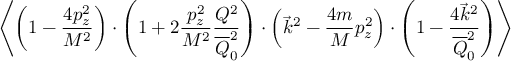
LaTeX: \left\langle \left( 1 - { \frac { 4 p _ { z } ^ { 2 } } { M ^ { 2 } } } \right) \cdot \left( 1 + 2 { \frac { p _ { z } ^ { 2 } } { M ^ { 2 } } } { \frac { Q ^ { 2 } } { \overline { { Q } } _ { 0 } ^ { 2 } } } \right) \cdot \left( \vec { k } ^ { 2 } - { \frac { 4 m } { M } } p _ { z } ^ { 2 } \right) \cdot \left( 1 - { \frac { 4 \vec { k } ^ { 2 } } { \overline { { Q } } _ { 0 } ^ { 2 } } } \right) \right\rangle